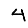
Digit: 4